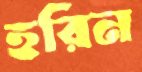
হরিন